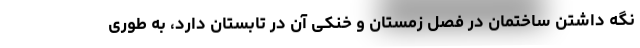
نگه داشتن ساختمان در فصل زمستان و خنکی آن در تابستان دارد، به طوری